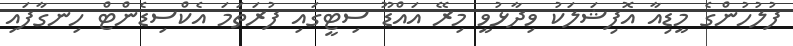
ފުލުހުންގެ މީޑިއާ އޮފިޝަލަކު ވިދާޅުވީ މިރޭ އައްޑޫ ސިޓީގައި ފުރަތަމަ އެކްސިޑެންޓް ހިނގާފައި